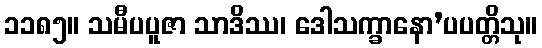
၁၁၈၅။ သမီပပူဇာ သာဒိဿ၊ ဒေါသက္ခာနော’ပပတ္တိသု။